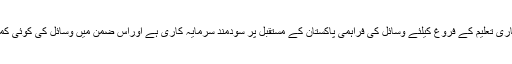
انہوں نے کہا کہ معیاری تعلیم کے فروغ کیلئے وسائل کی فراہمی پاکستان کے مستقبل پر سودمند سرمایہ کاری ہے اوراس ضمن میں وسائل کی کوئی کمی نہیں آنے دیں گے۔